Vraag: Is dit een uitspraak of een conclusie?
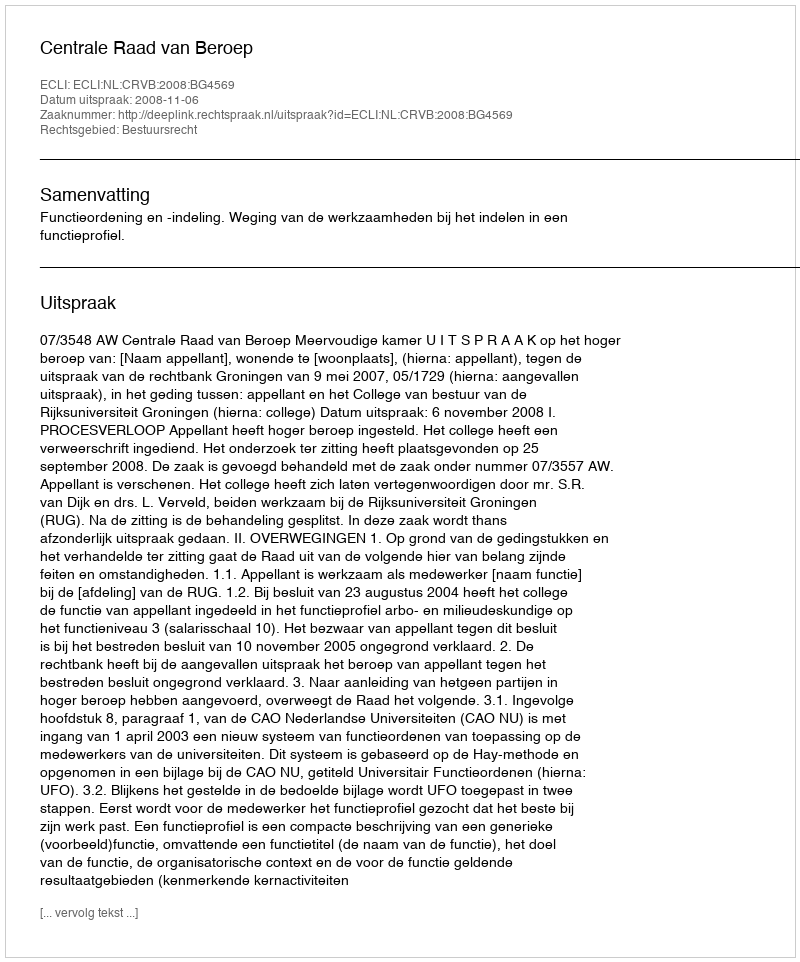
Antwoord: Uitspraak